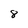
Character: 8